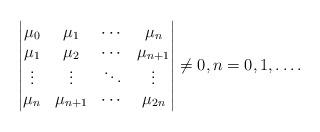
LaTeX: \begin{gather*}\left\vert\begin{matrix}\mu_{0} & \mu_{1} & \cdots & \mu_{n}\\\mu_{1} & \mu_{2} & \cdots & \mu_{n+1}\\\vdots & \vdots & \ddots & \vdots\\\mu_{n} & \mu_{n+1} & \cdots & \mu_{2n}\end{matrix}\right\vert \neq0,n=0,1,\ldots.\end{gather*}